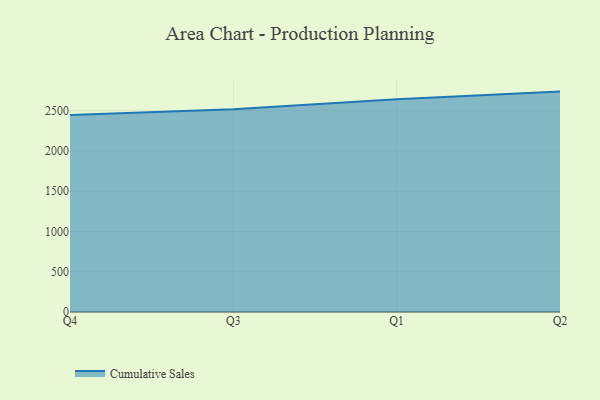
{"axis": {"x": "Quarter", "y": "Energy Usage (MWh)"}, "legend": ["Cumulative Sales"], "data": [{"x": "Q4", "y": 2447.7, "type": "Cumulative Sales"}, {"x": "Q3", "y": 2518.9, "type": "Cumulative Sales"}, {"x": "Q1", "y": 2643.3, "type": "Cumulative Sales"}, {"x": "Q2", "y": 2736.8, "type": "Cumulative Sales"}]}